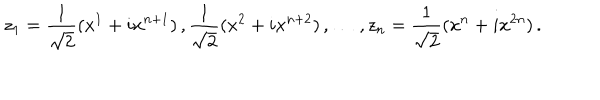
LaTeX: z _ { 1 } = \frac { 1 } { \sqrt { 2 } } ( x ^ { 1 } + i x ^ { n + 1 } ) \, , \frac { 1 } { \sqrt { 2 } } ( x ^ { 2 } + i x ^ { n + 2 } ) \, , \dots \, , z _ { n } = \frac { 1 } { \sqrt { 2 } } ( x ^ { n } + i x ^ { 2 n } ) \, .